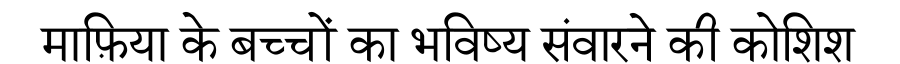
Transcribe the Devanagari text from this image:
माफ़िया के बच्चों का भविष्य संवारने की कोशिश